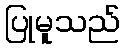
ပြုမူသည်